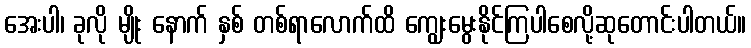
အေးပါ၊ ခုလို မျိုး နောက် နှစ် တစ်ရာလောက်ထိ ကျွေးမွေးနိုင်ကြပါစေလို့ဆုတောင်းပါတယ်။